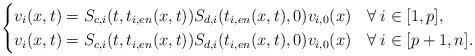
LaTeX: \begin{align*} \begin{cases} v_i(x,t)=S_{c,i}(t,t_{i,en}(x,t))S_{d,i}(t_{i,en}(x,t),0)v_{i,0}(x) & \forall\:i\in[1,p],\\ v_i(x,t)=S_{c,i}(t,t_{i,en}(x,t))S_{d,i}(t_{i,en}(x,t),0)v_{i,0}(x) & \forall\:i\in[p+1,n]. \end{cases} \end{align*}